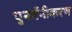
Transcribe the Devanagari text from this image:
पुनर्वनीकरण